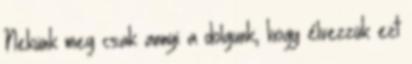
Nekünk meg csak annyi a dolgunk, hogy élvezzük ezt